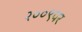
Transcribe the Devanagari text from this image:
२००९पर